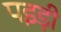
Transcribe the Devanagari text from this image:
पइड़ी